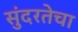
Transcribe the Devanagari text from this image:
सुंदरतेचा